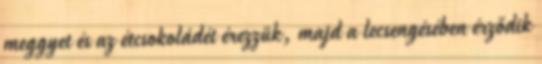
meggyet és az étcsokoládét érezzük, majd a lecsengésében érződik